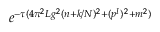
e ^ { - \tau ( 4 \pi ^ { 2 } L g ^ { 2 } ( n + k / N ) ^ { 2 } + ( p ^ { I } ) ^ { 2 } + m ^ { 2 } ) }